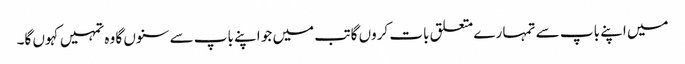
میں اپنے باپ سے تمہا رے متعلق بات کروں گا تب میں جو اپنے باپ سے سنوں گا وہ تمہیں کہوں گا۔